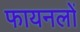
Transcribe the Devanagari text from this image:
फायनलों